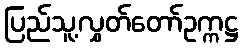
ပြည်သူ့လွှတ်တော်ဥက္ကဋ္ဌ